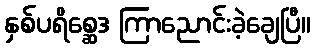
နှစ်ပရိစ္ဆေဒ ကြာညောင်းခဲ့ချေပြီ။